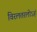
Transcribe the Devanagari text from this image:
विरलतरलोऽहं